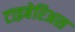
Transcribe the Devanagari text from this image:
टाइबेरिअस